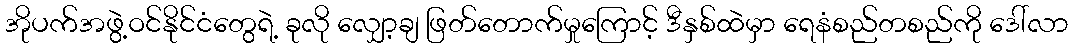
အိုပက်အဖွဲ့ဝင်နိုင်ငံတွေရဲ့ ခုလို လျှော့ချ ဖြတ်တောက်မှုကြောင့် ဒီနှစ်ထဲမှာ ရေနံစည်တစည်ကို ဒေါ်လာ